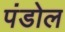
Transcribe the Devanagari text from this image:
पंडोल